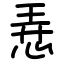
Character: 𢚸